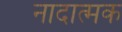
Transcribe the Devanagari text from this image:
नादात्मक